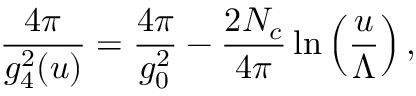
\frac { 4 \pi } { g _ { 4 } ^ { 2 } ( u ) } = \frac { 4 \pi } { g _ { 0 } ^ { 2 } } - \frac { 2 N _ { c } } { 4 \pi } \ln \left( \frac { u } { \Lambda } \right) ,